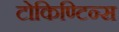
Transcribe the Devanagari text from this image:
टोकिण्टिन्स